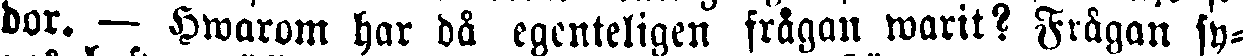
dor. — Hwarom har då egenteligen frågan warit? Frågan sy-